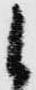
候